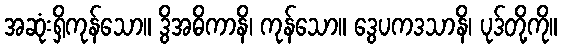
အဆုံးရှိကုန်သော။ ဒွိအဓိကာနိ၊ ကုန်သော။ ဒွေပကဒသာနိ၊ ပုဒ်တို့ကို။